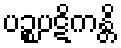
ပဉ္စပဋိကန္တိ